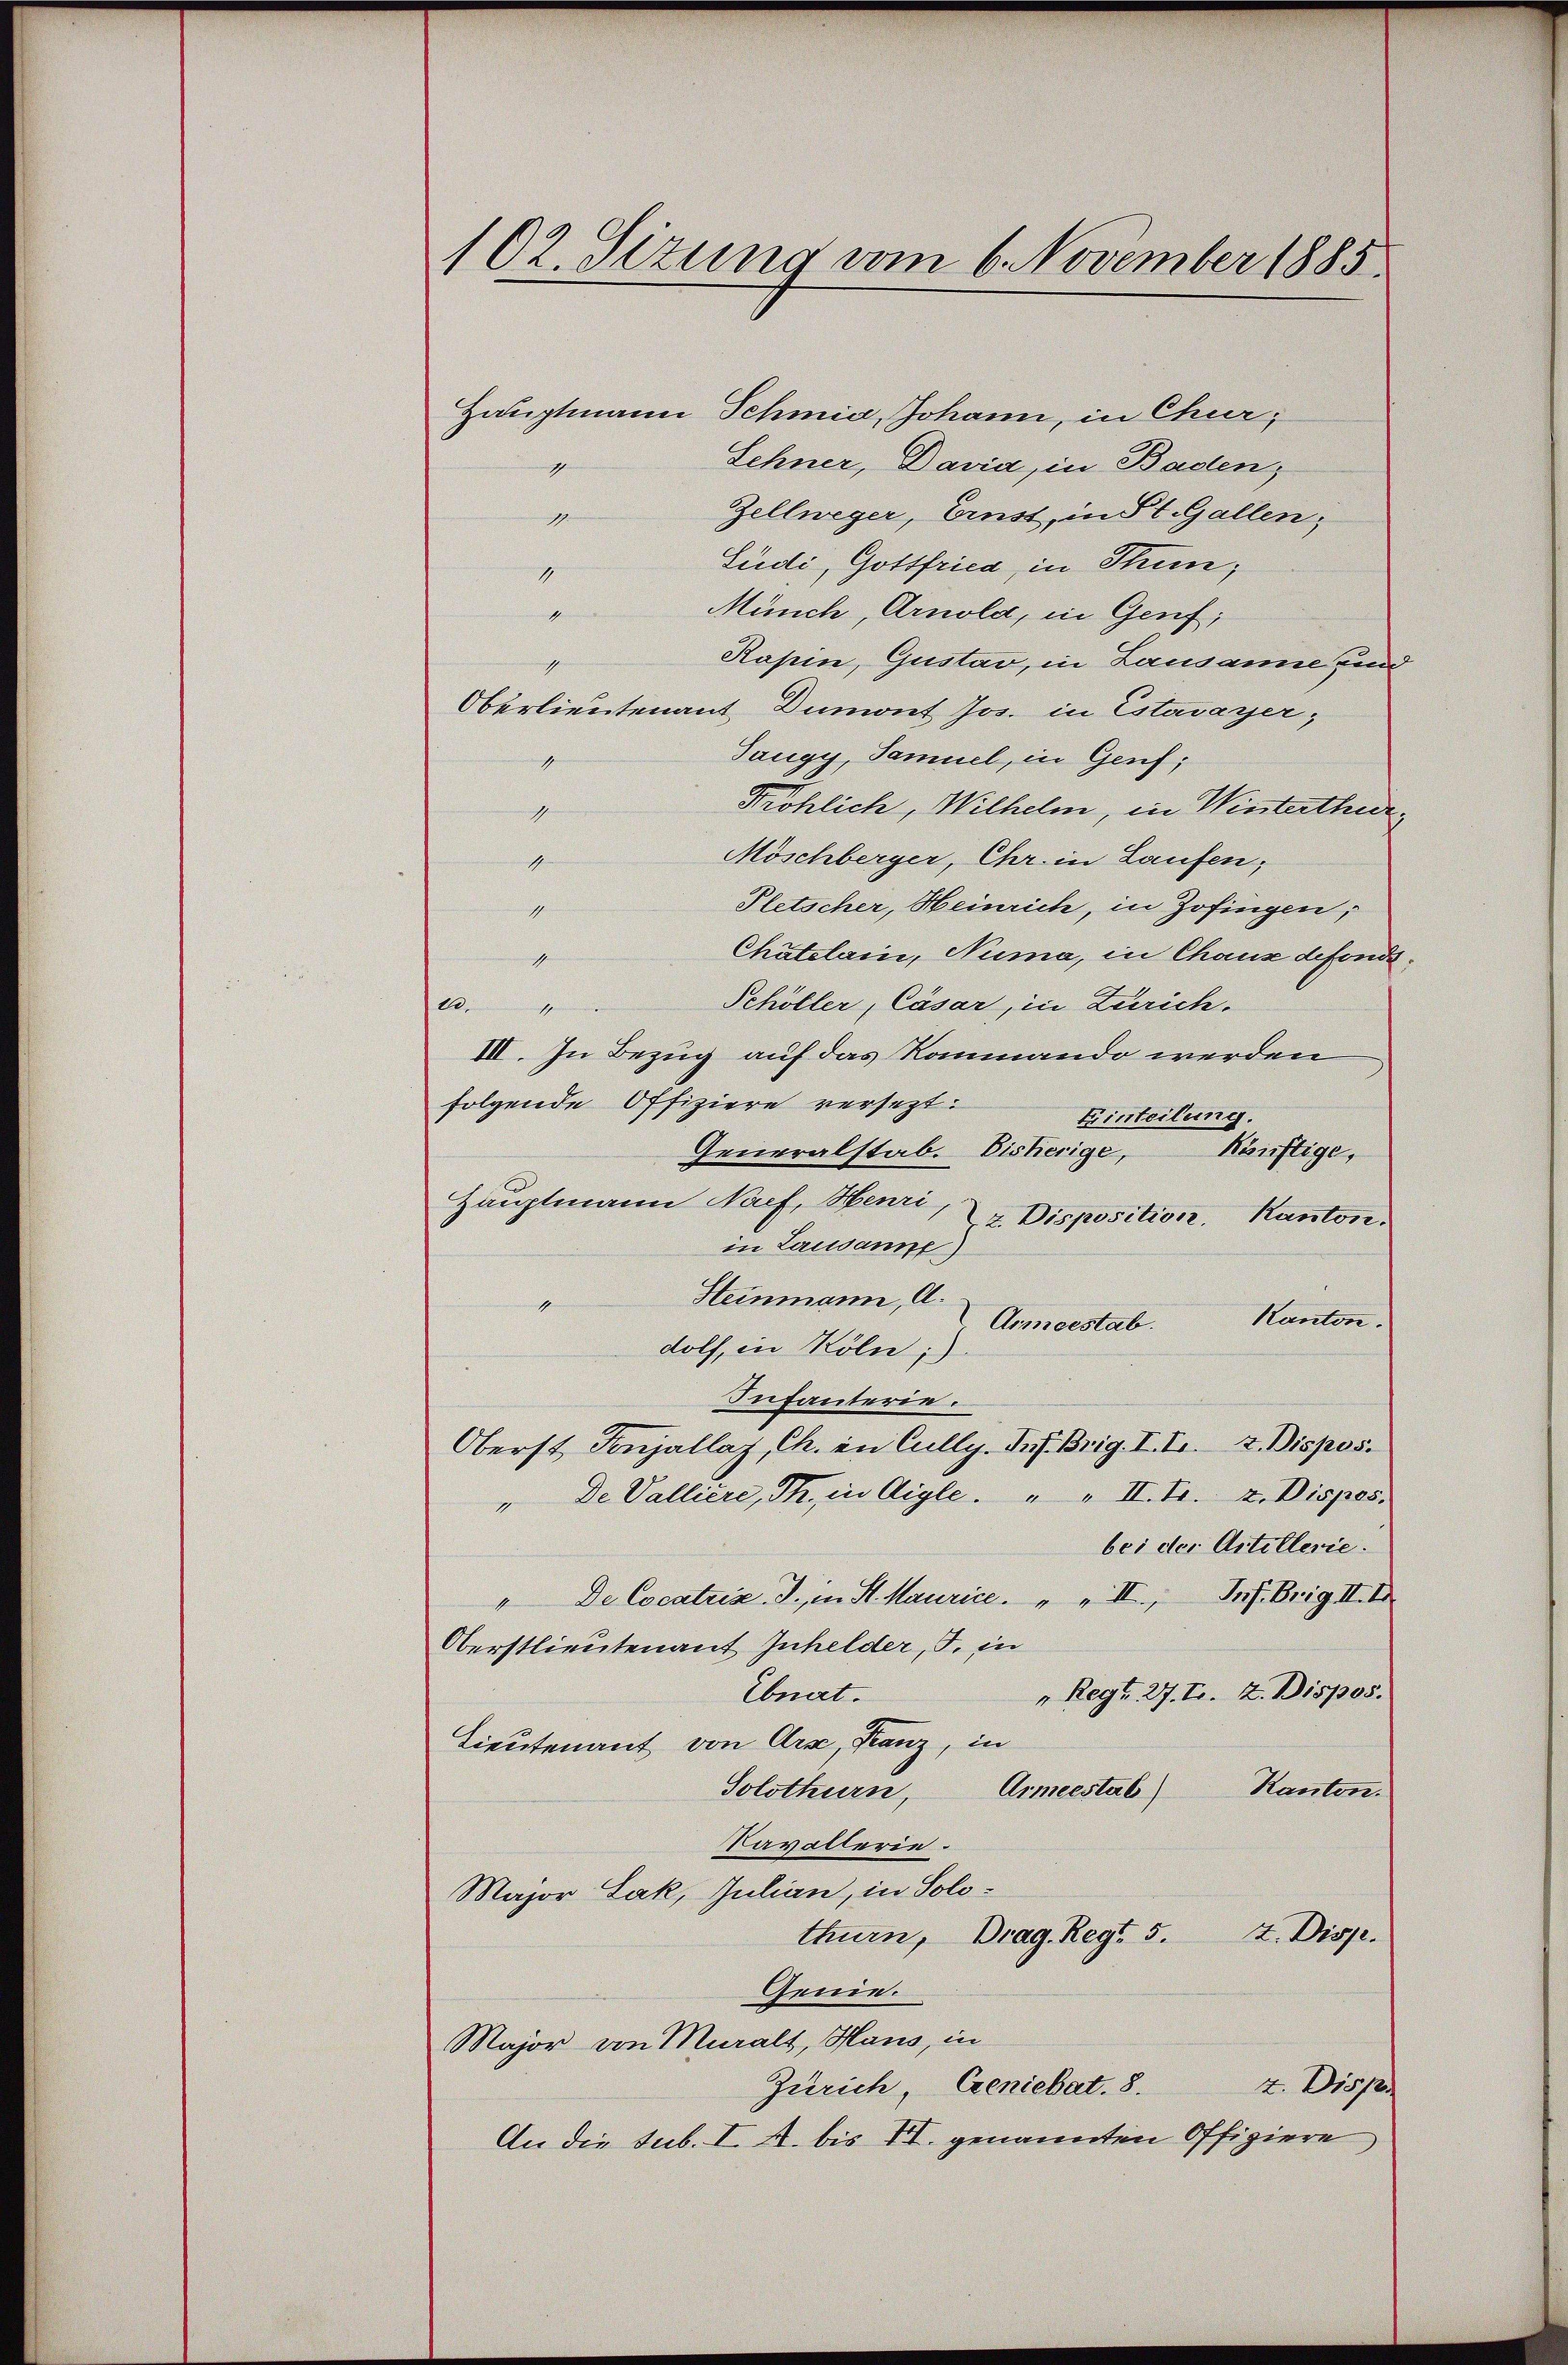
102. Sizung vom 6. November 1885.

Hauptmann Schmid, Johann, in Chur,
Sehner, Davia, in Baden,
1
Zellweger, Ernst, in St. Gallen,
1.
Lüdi, Gottfried, in Thun,
1
Münch, Arnold, in Genf,
1
Kapin, Gustav, in Lausanne sind
1
Oberlieutenant Dumont Jos. in Estavayer,
Taugy, Samuel, in Genf;
1
Pröhlich, Wilhelm, in Winterthur
h
Möschberger, Chr. in Laufen,
1
Pletscher, Heinrich, in Zofingen,
19
Chatelain, Numa, in Chaus defonds¬
1
Schöller, Cäsar, in Zürich.
1.
III. In Bezug auf das Rammando werden
folgende Offiziere versezt.
Einteilung.
Generalstab. Bisherige,
Künftige,
Hauptmann Nach, Henri,
z. Disposition, Kanton.
in Lausanne
Steinmann, A.
Kanton.
Armeestab.
dolf, in Köln;)
Infanterie.
Oberst, Tonjallaz, Ch. in Cully. Inf. Brig. I. Fr. 2. Dispos.
" De Valliere, Th. in Aigle. " " II. Fr. 2. Dispos.
bei der Artillerie.
" De Cocatriz. J., in St. Maurice " " II. Prof. Brig II. I
Oberstlieutenant Inhelder, d. in
"Regt. 27. Fr. 2. Dispos.
Ebnat.
Lieutenant von Arse, Franz, in
Ranton.
Solothurn,
Armeestab)
Kavalterie.
Major Lak, Julian, in Solothurn, Drag. Reg. 5. 2. Disp.
Genie.
Major von Muralt, Haus, in
Zürich, Geniebat. 8.
2. Disp
An die sub. I. A. bis VI. genannten Offiziere,